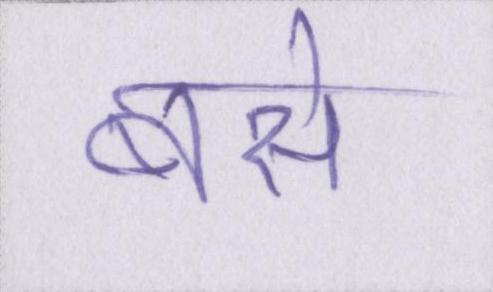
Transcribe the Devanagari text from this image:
बसे